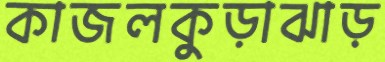
কাজলকুড়াঝাড়